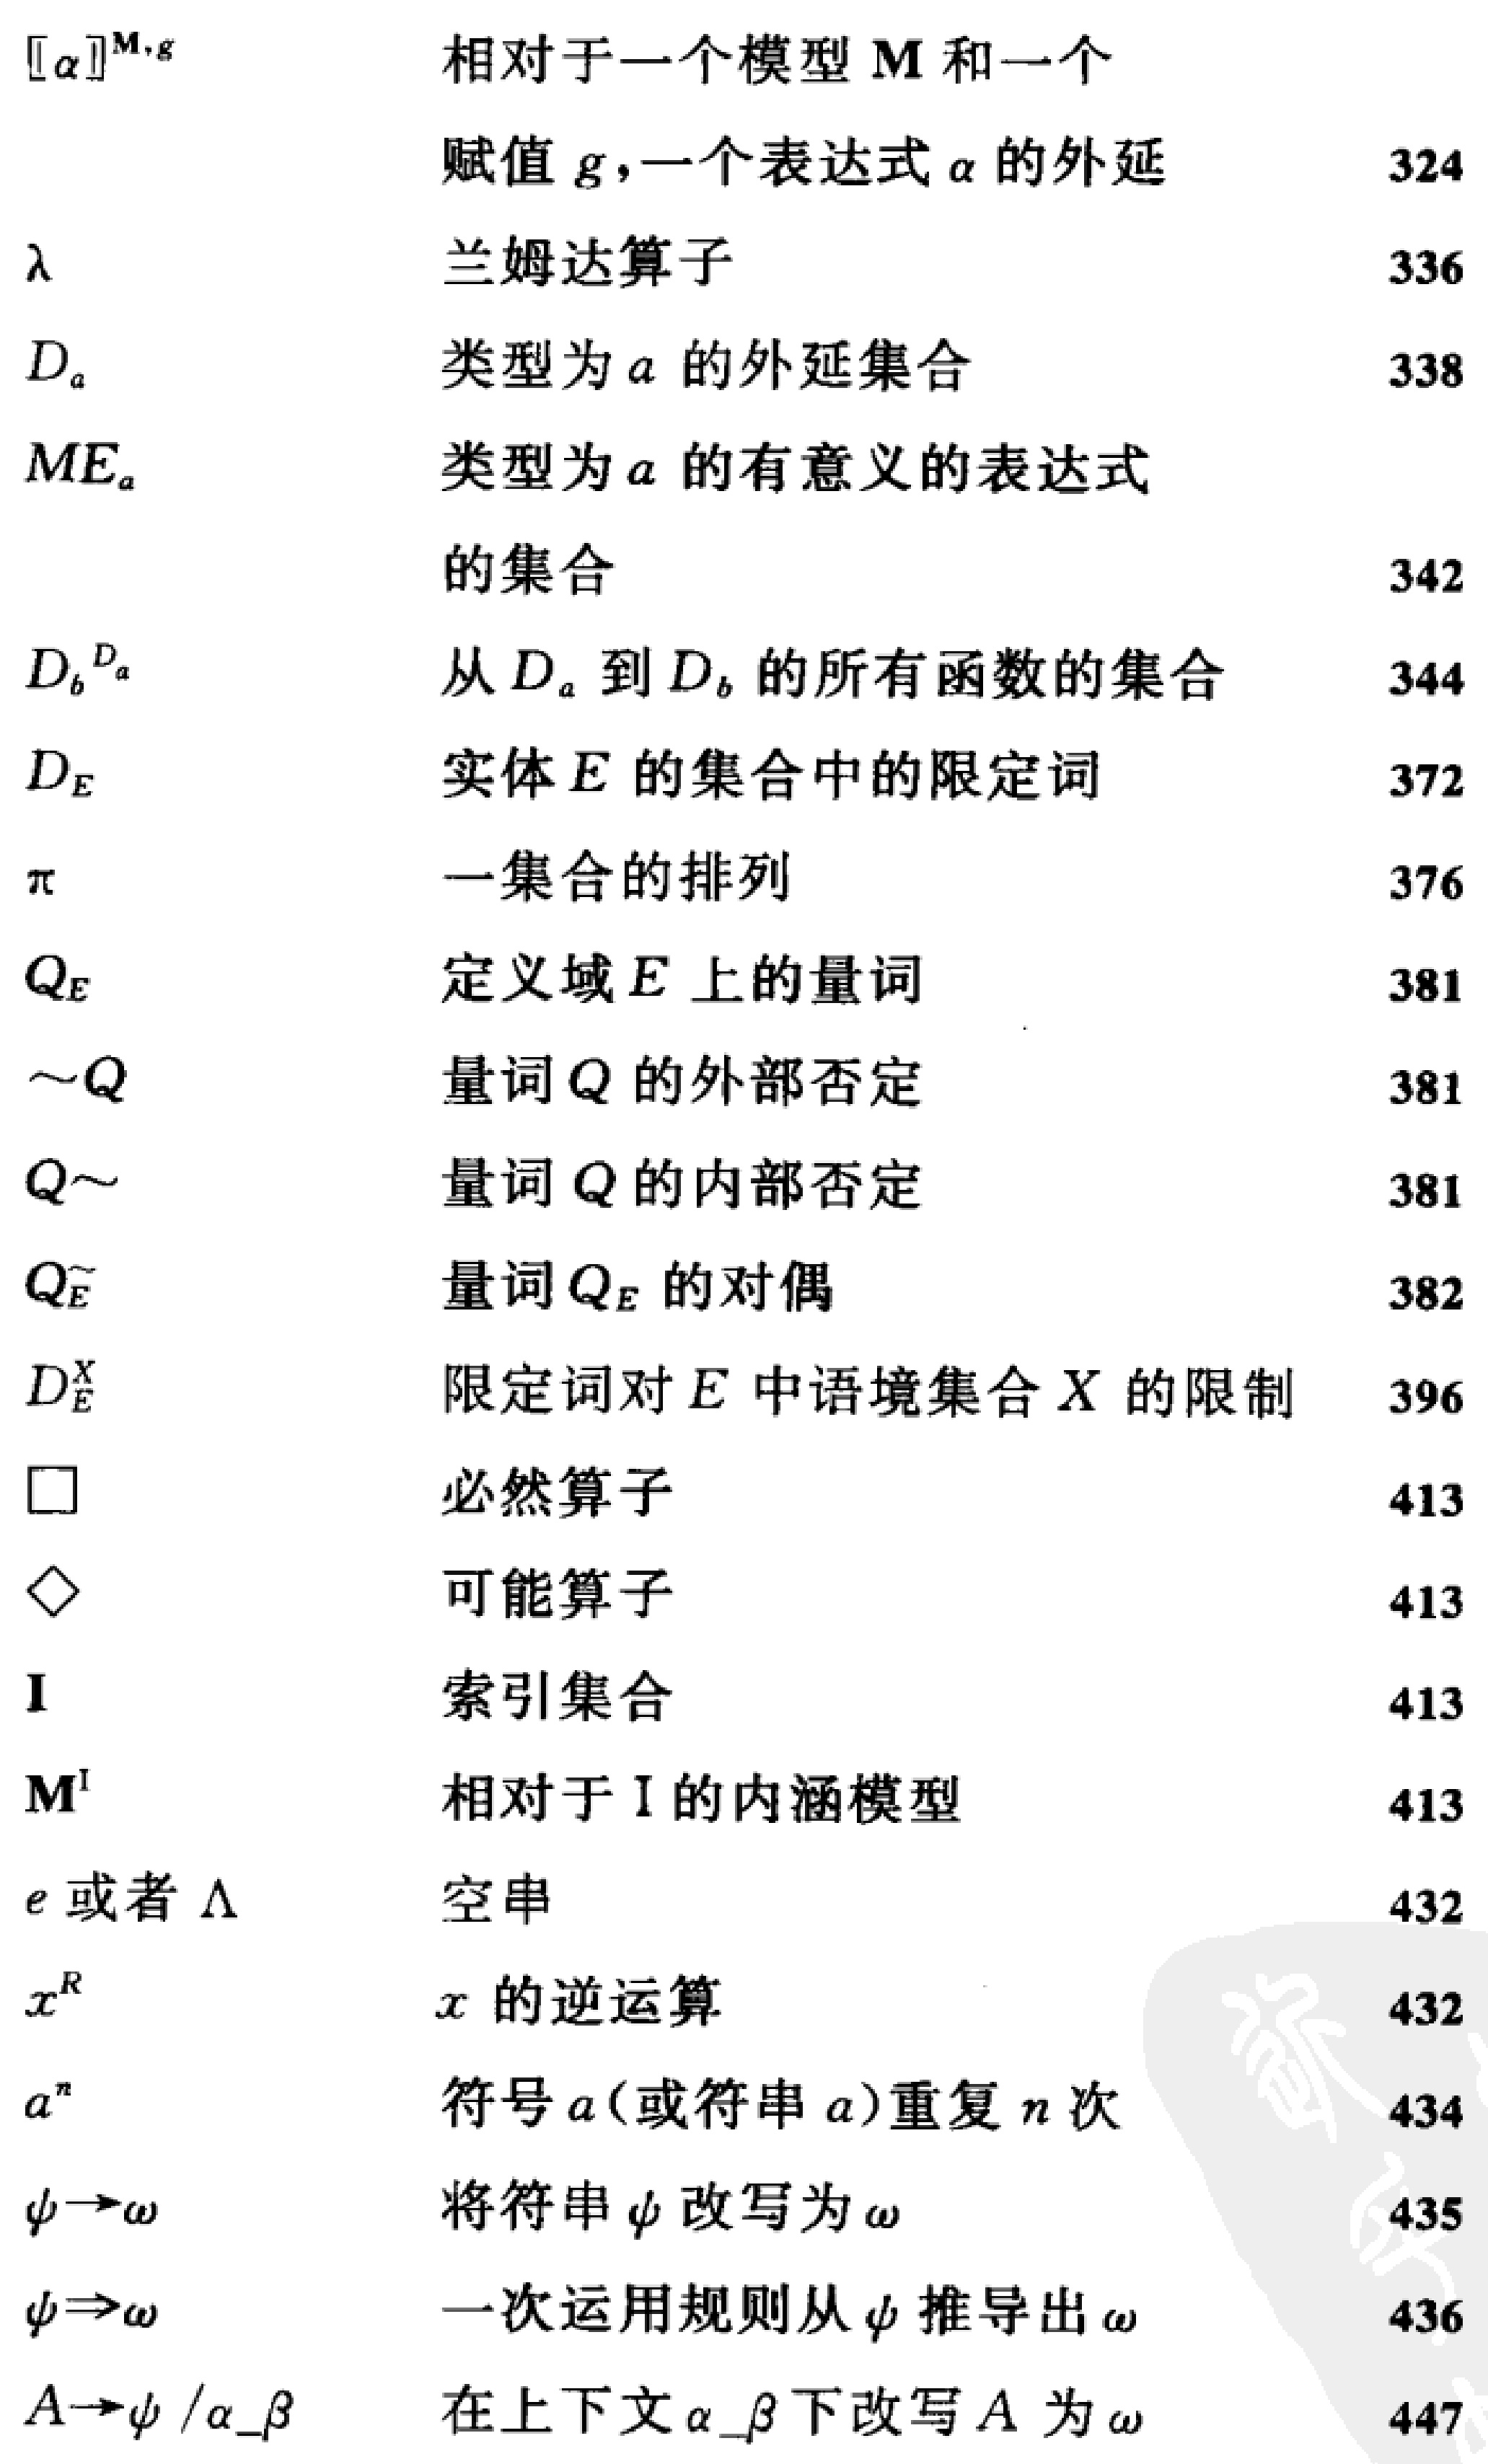
\begin{tabular}{lll}

$\llbracket\alpha\rrbracket^{\mathbf{M}, g}$ & 相对于一个模型 $\mathbf{M}$ 和一个 & \\

& 赋值 $g$，一个表达式 $\alpha$ 的外延 & 324 \\

$\lambda$ & 兰姆达算子 & 336 \\

$D_a$ & 类型为 $a$ 的外延集合 & 338 \\

$M E_a$ & \begin{tabular}{l}

类型为 $a$ 的有意义的表达式 \\

的集合

\end{tabular} & 342 \\

$D_b^{D_a}$ & 从 $D_a$ 到 $D_b$ 的所有函数的集合 & 344 \\

$D_E$ & 实体 $E$ 的集合中的限定词 & 372 \\

$\pi$ & 一集合的排列 & 376 \\

$Q_E$ & 定义域 $E$ 上的量词 & 381 \\

$\sim Q$ & 量词 $Q$ 的外部否定 & 381 \\

$Q \sim$ & 量词 $Q$ 的内部否定 & 381 \\

$Q_E^{\sim}$ & 量词 $Q_E$ 的对偶 & 382 \\

$D_E^X$ & 限定词对 $E$ 中语境集合 $X$ 的限制 & 396 \\

$\square$ & 必然算子 & 413 \\

$\diamond$ & 可能算子 & 413 \\

$\mathbf{I}$ & 索引集合 & 413 \\

$\mathbf{M}^{\mathbf{I}}$ & 相对于 $\mathbf{I}$ 的内涵模型 & 413 \\

$e$ 或者 $\Lambda$ & 空串 & 432 \\

$x^R$ & $x$ 的逆运算 & 432 \\

$a^n$ & 符号 $a$ (或符串 $a$ ) 重复 $n$ 次 & 434 \\

$\psi \rightarrow \omega$ & 将符串 $\psi$ 改写为 $\omega$ & 435 \\

$\psi \Rightarrow \omega$ & 一次运用规则从 $\psi$ 推导出 $\omega$ & 436 \\

$A \rightarrow \psi / \alpha \_\beta$ & 在上下文 $\alpha \_\beta$ 下改写 $A$ 为 $\omega$ & 447

\end{tabular}